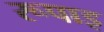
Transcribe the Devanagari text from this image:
रूपाइ